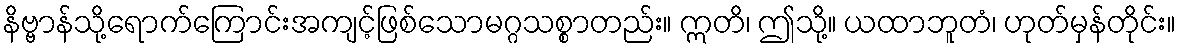
နိဗ္ဗာန်သို့ရောက်ကြောင်းအကျင့်ဖြစ်သောမဂ္ဂသစ္စာတည်း။ ဣတိ၊ ဤသို့။ ယထာဘူတံ၊ ဟုတ်မှန်တိုင်း။